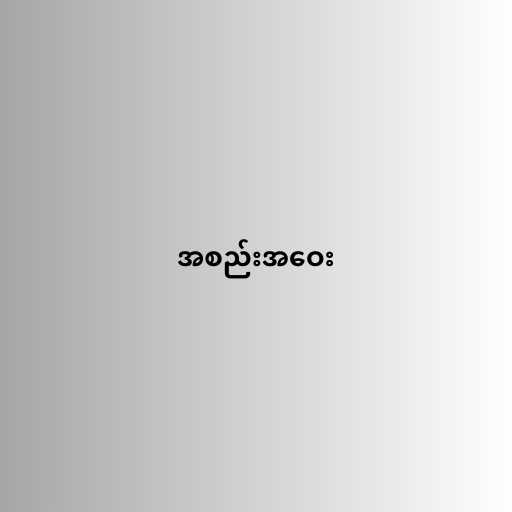
အစည်းအဝေး